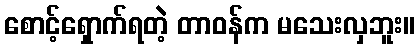
စောင့်ရှောက်ရတဲ့ တာဝန်က မသေးလှဘူး။